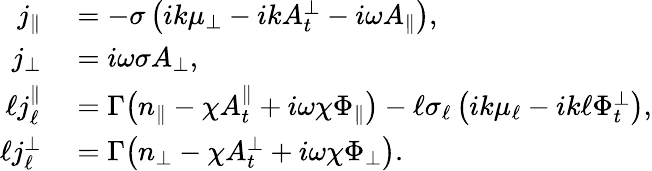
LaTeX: \begin{array}{rl}{j_{\| }}&{{}=-\sigma\left(ik{\mu_{\perp}}-ikA_{t}^{\perp}-i\omega A_{\| }\right),}\\ {j_{\perp}}&{{}=i\omega\sigma A_{\perp},}\\ {\ell j_{\ell}^{\| }}&{{}=\Gamma\big(n_{\| }-\chi A_{t}^{\| }+i\omega\chi\Phi_{\| }\big)-\ell\sigma_{\ell}\left(ik\mu_{\ell}-ik\ell\Phi_{t}^{\perp}\right),}\\ {\ell j_{\ell}^{\perp}}&{{}=\Gamma\big(n_{\perp}-\chi A_{t}^{\perp}+i\omega\chi\Phi_{\perp}\big).}\end{array}